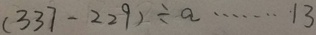
( 3 3 7 - 2 2 9 ) \div a \cdots 1 3